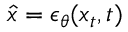
\hat { x } = \epsilon _ { \theta } ( x _ { t } , t )